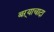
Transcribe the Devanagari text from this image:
बऱ्याचादा